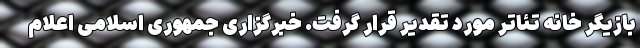
بازیگر خانه تئاتر مورد تقدیر قرار گرفت. خبرگزاری جمهوری اسلامی اعلام